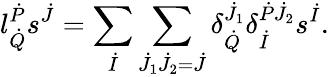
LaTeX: l_{\dot{Q}}^{\dot{P}}s^{\dot{J}}=\sum_{\dot{I}}\sum_{\dot{J}_{1}\dot{J}_{2}=\dot{J}}\delta_{\dot{Q}}^{\dot{J}_{1}}\delta_{\dot{I}}^{\dot{P}\dot{J}_{2}}s^{\dot{I}}.